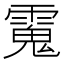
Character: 𩳧